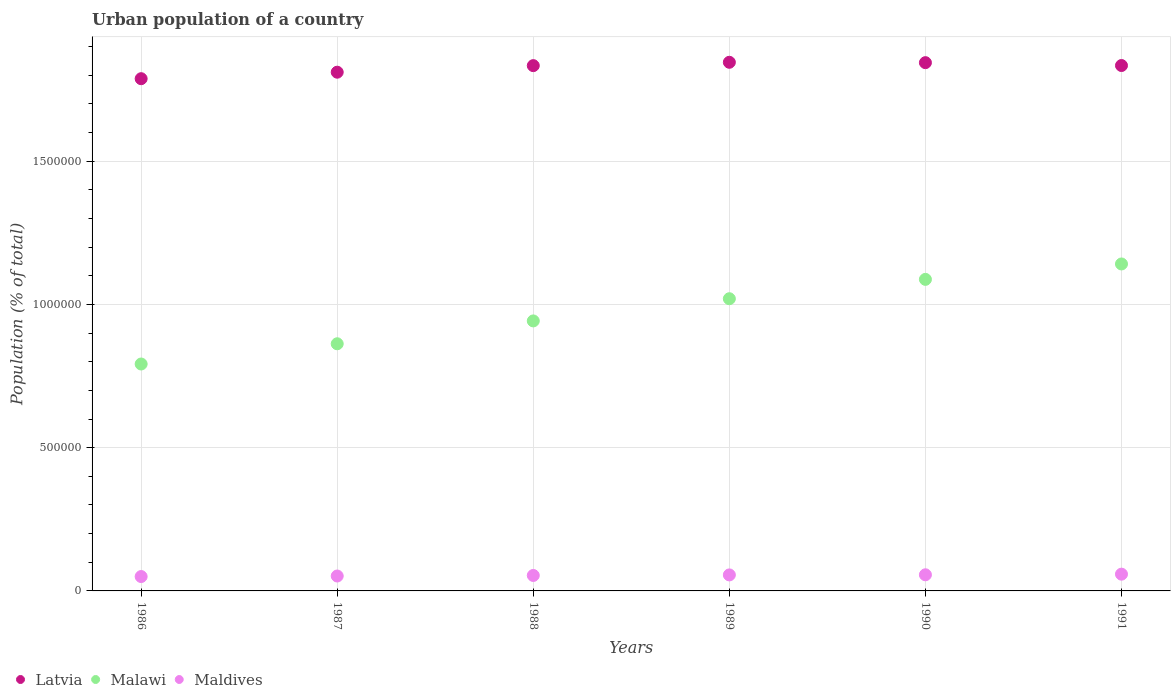
| Years | Latvia | Malawi | Maldives |
 | --- | --- | --- | --- |
 | 1986 | 1.79e+06 | 7.92e+05 | 5.02e+04 |
 | 1987 | 1.81e+06 | 8.63e+05 | 5.21e+04 |
 | 1988 | 1.83e+06 | 9.43e+05 | 5.4e+04 |
 | 1989 | 1.85e+06 | 1.02e+06 | 5.59e+04 |
 | 1990 | 1.84e+06 | 1.09e+06 | 5.63e+04 |
 | 1991 | 1.83e+06 | 1.14e+06 | 5.85e+04 |